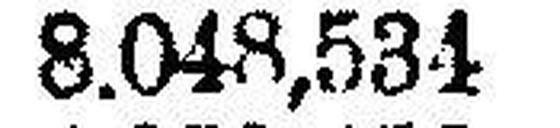
8.048,534